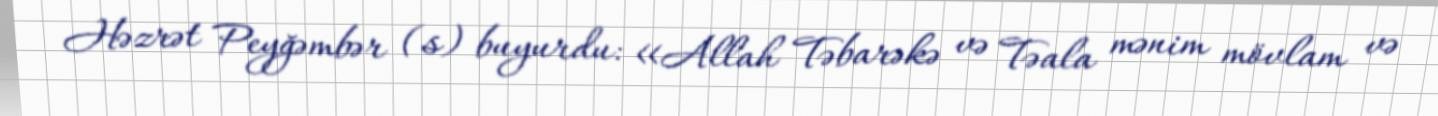
Həzrət Peyğəmbər (s) buyurdu: «Allah Təbarəkə və Təala mənim mövlam və